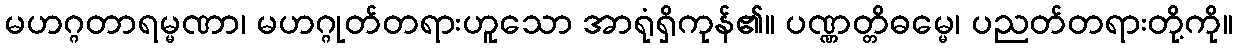
မဟဂ္ဂတာရမ္မဏာ၊ မဟဂ္ဂုတ်တရားဟူသော အာရုံရှိကုန်၏။ ပဏ္ဏတ္တိဓမ္မေ၊ ပညတ်တရားတို့ကို။